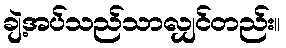
ချဲ့အပ်သည်သာလျှင်တည်း။